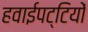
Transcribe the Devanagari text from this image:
हवाईपट्टियों